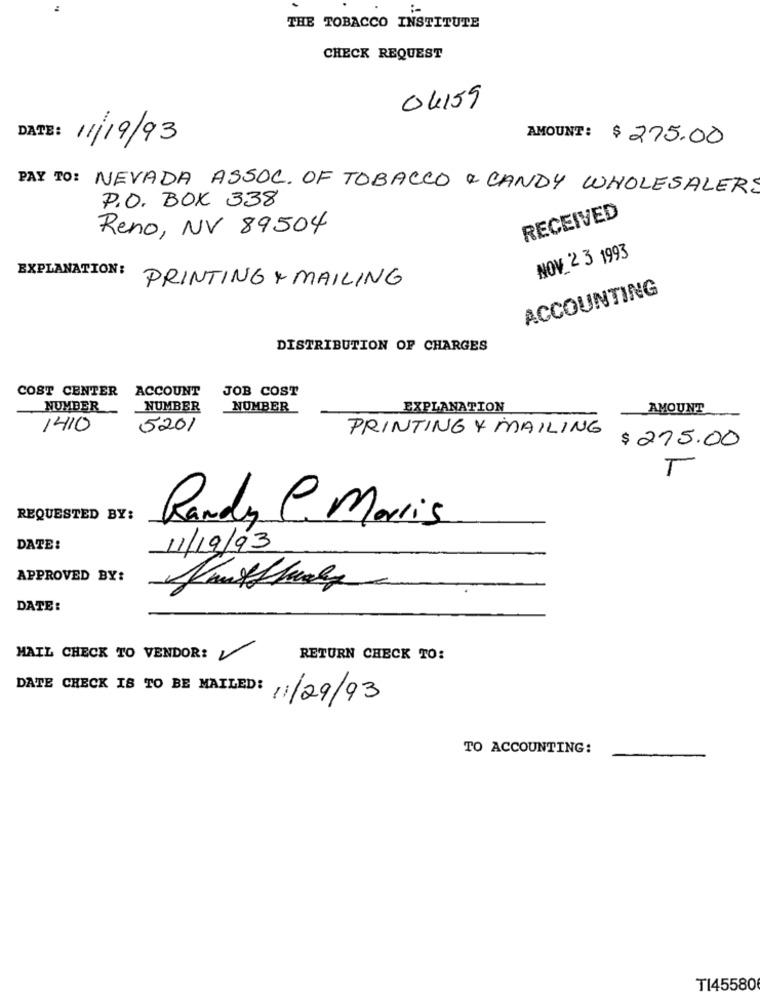
THE TOBACCO INSTITUTE
CHECK REQUEST
04159
DATE: 11/19/93
AMOUNT: $275.00
PAY TO: NEVADA ASSOC. OF TOBACCO & CANDY WHOLESALERS
P.O. BOX 338
RECEIVED
Reno, NV 89504
NOV 2 3 1993
EXPLANATION:
PRINTING & MAILING
ACCOUNTING
DISTRIBUTION OF CHARGES
COST CENTER ACCOUNT
JOB COST
NUMBER
NUMBER
NUMBER
EXPLANATION
AMOUNT
1410
5201
PRINTING Y MAILING
$275.00
T
REQUESTED BY:
Randy C. Morris
DATE:
11/19/93
APPROVED BY:
DATE:
MAIL CHECK TO VENDOR:
RETURN CHECK TO:
DATE CHECK IS TO BE MAILED: 11/29/93
TO ACCOUNTING:
TI45580